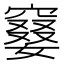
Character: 䆯